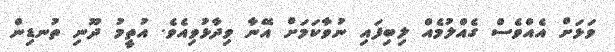
ވަޅަށް އެއްވެސް ގެއްލުމެއް ލިބިފައި ނުވާކަމަށް އޭނާ ވިދާޅުވިއެވެ. އުތީމު ދޫނި ތުނޑިން